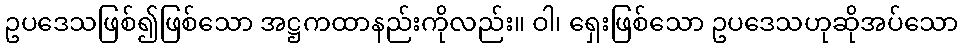
ဥပဒေသဖြစ်၍ဖြစ်သော အဋ္ဌကထာနည်းကိုလည်း။ ဝါ၊ ရှေးဖြစ်သော ဥပဒေသဟုဆိုအပ်သော